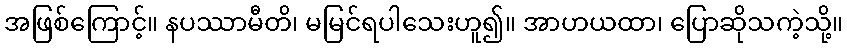
အဖြစ်ကြောင့်။ နပဿာမီတိ၊ မမြင်ရပါသေးဟူ၍။ အာဟယထာ၊ ပြောဆိုသကဲ့သို့။